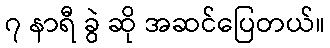
၇ နာရီ ခွဲ ဆို အဆင်ပြေတယ်။